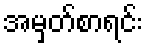
အမှတ်စာရင်း